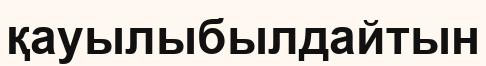
қауылыбылдайтын